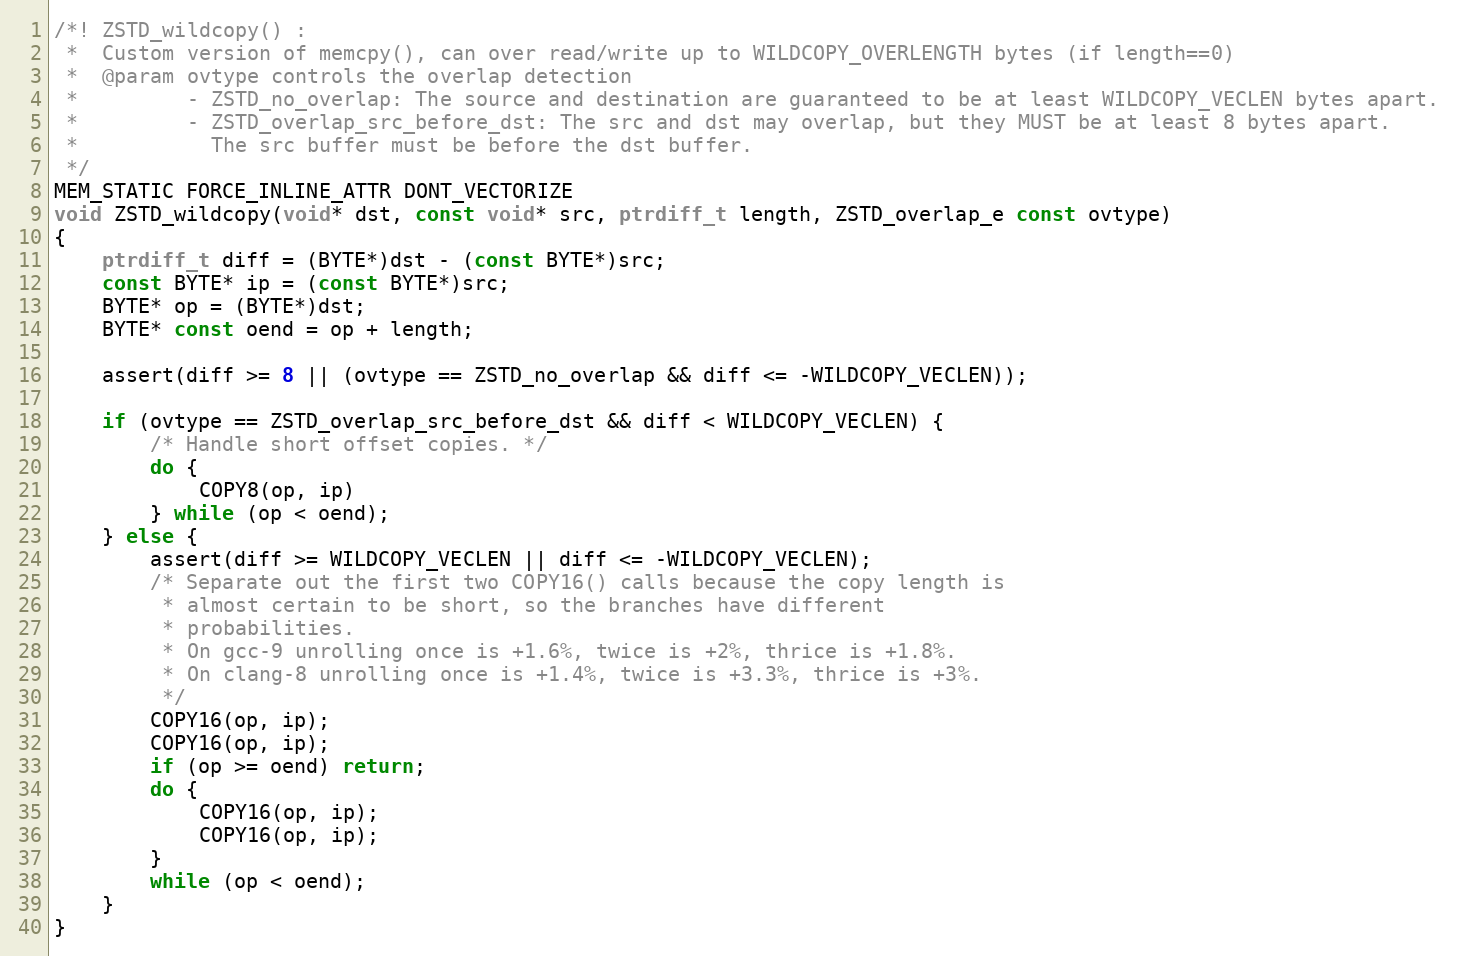
Language: C
/*! ZSTD_wildcopy() :
 *  Custom version of memcpy(), can over read/write up to WILDCOPY_OVERLENGTH bytes (if length==0)
 *  @param ovtype controls the overlap detection
 *         - ZSTD_no_overlap: The source and destination are guaranteed to be at least WILDCOPY_VECLEN bytes apart.
 *         - ZSTD_overlap_src_before_dst: The src and dst may overlap, but they MUST be at least 8 bytes apart.
 *           The src buffer must be before the dst buffer.
 */
MEM_STATIC FORCE_INLINE_ATTR DONT_VECTORIZE
void ZSTD_wildcopy(void* dst, const void* src, ptrdiff_t length, ZSTD_overlap_e const ovtype)
{
    ptrdiff_t diff = (BYTE*)dst - (const BYTE*)src;
    const BYTE* ip = (const BYTE*)src;
    BYTE* op = (BYTE*)dst;
    BYTE* const oend = op + length;

    assert(diff >= 8 || (ovtype == ZSTD_no_overlap && diff <= -WILDCOPY_VECLEN));

    if (ovtype == ZSTD_overlap_src_before_dst && diff < WILDCOPY_VECLEN) {
        /* Handle short offset copies. */
        do {
            COPY8(op, ip)
        } while (op < oend);
    } else {
        assert(diff >= WILDCOPY_VECLEN || diff <= -WILDCOPY_VECLEN);
        /* Separate out the first two COPY16() calls because the copy length is
         * almost certain to be short, so the branches have different
         * probabilities.
         * On gcc-9 unrolling once is +1.6%, twice is +2%, thrice is +1.8%.
         * On clang-8 unrolling once is +1.4%, twice is +3.3%, thrice is +3%.
         */
        COPY16(op, ip);
        COPY16(op, ip);
        if (op >= oend) return;
        do {
            COPY16(op, ip);
            COPY16(op, ip);
        }
        while (op < oend);
    }
}